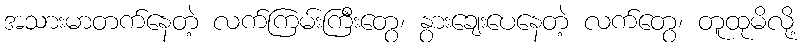
အသားမာတက်နေတဲ့ လက်ကြမ်းကြီးတွေ၊ နွားချေးပေနေတဲ့ လက်တွေ၊ တူထုမိလို့